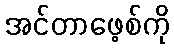
အင်တာဖေ့စ်ကို